Annual report of the Punjab Veterinary College and of the Civil Veterinary Department, Punjab - 1926-1932
Year: 1926
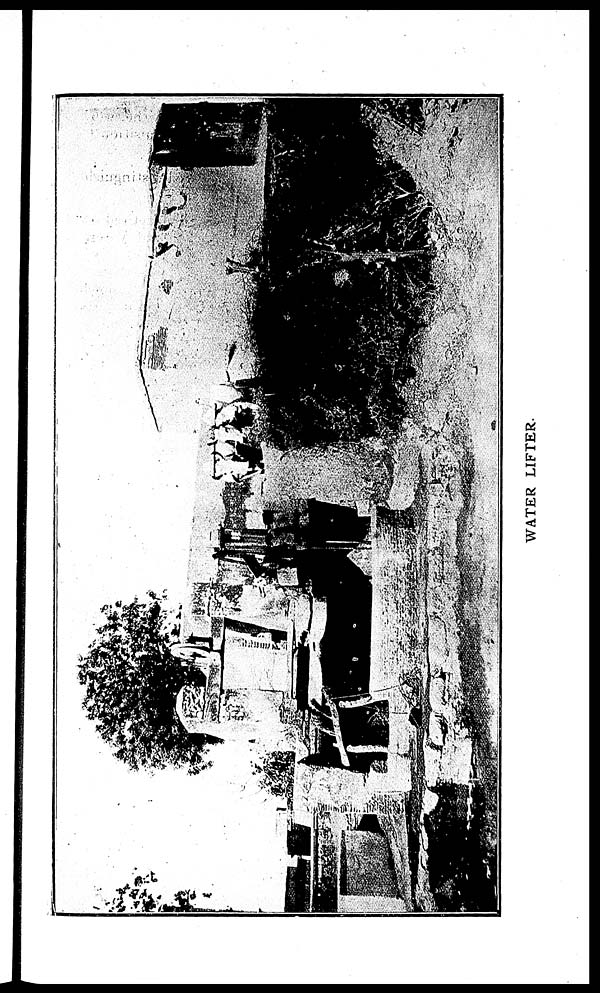
WATER LIFTER.